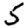
Digit: 5